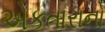
એકતારાનો